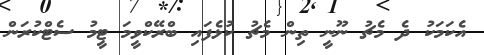
އެކަމަކު ދެ މެޗު ނޫނީ ތިން މެޗު ކުޅެފައި ބްރޭކްވީމަ ޓީމު ސެޓްކުރަން